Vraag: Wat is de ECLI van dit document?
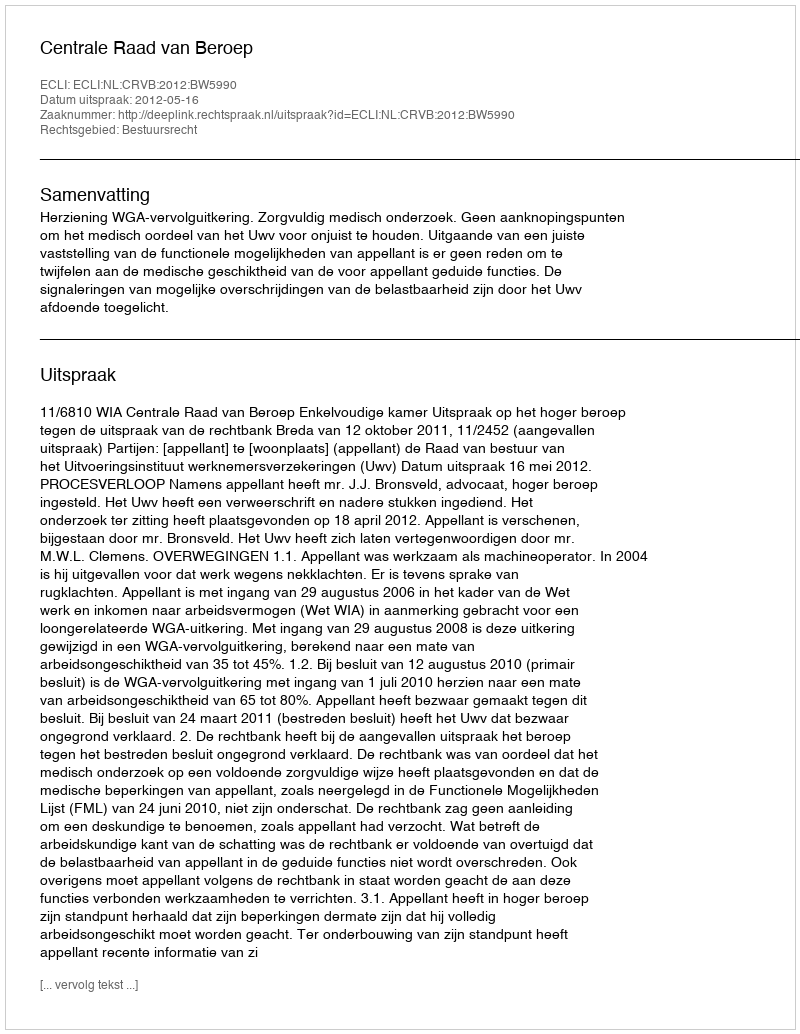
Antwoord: ECLI:NL:CRVB:2012:BW5990